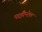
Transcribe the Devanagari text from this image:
पाईरैन्टेल